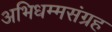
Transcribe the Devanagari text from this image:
अभिधम्मसंग्रह